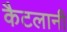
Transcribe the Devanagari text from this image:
कैटलानी